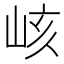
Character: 峐